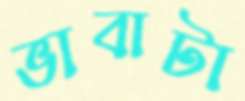
ভাবাটা